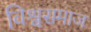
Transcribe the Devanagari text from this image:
विश्वसमाज